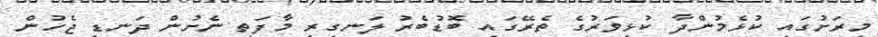
މިރަށުގައި ކުޅެމުންދާ ކުޅިވަރުގެ ތެރޭގައި ބޮޑުބެރު ލަނގިރި މާފަތި ނެށުން ދަނޑި ޖެހުން